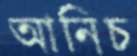
আনিচ